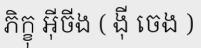
ភិក្ខុ អ៊ីចីង ( ង៉ី ចេង )